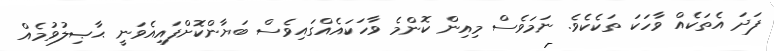
ފަދަ އެތަކެއް ވާހަކަ ތަކެކެވެ. ނަމަވެސް މިއިން ކޮންމެ ވާހަކައެއްގައިވެސް ބަޔާންކޮށްފައިއެވަނީ ޙާޞިލުވުމެއް